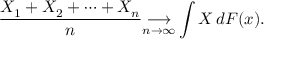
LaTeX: { \frac { X _ { 1 } + X _ { 2 } + \cdots + X _ { n } } { n } } { \underset { n \to \infty } { \longrightarrow } } \int X \, d F ( x ) .